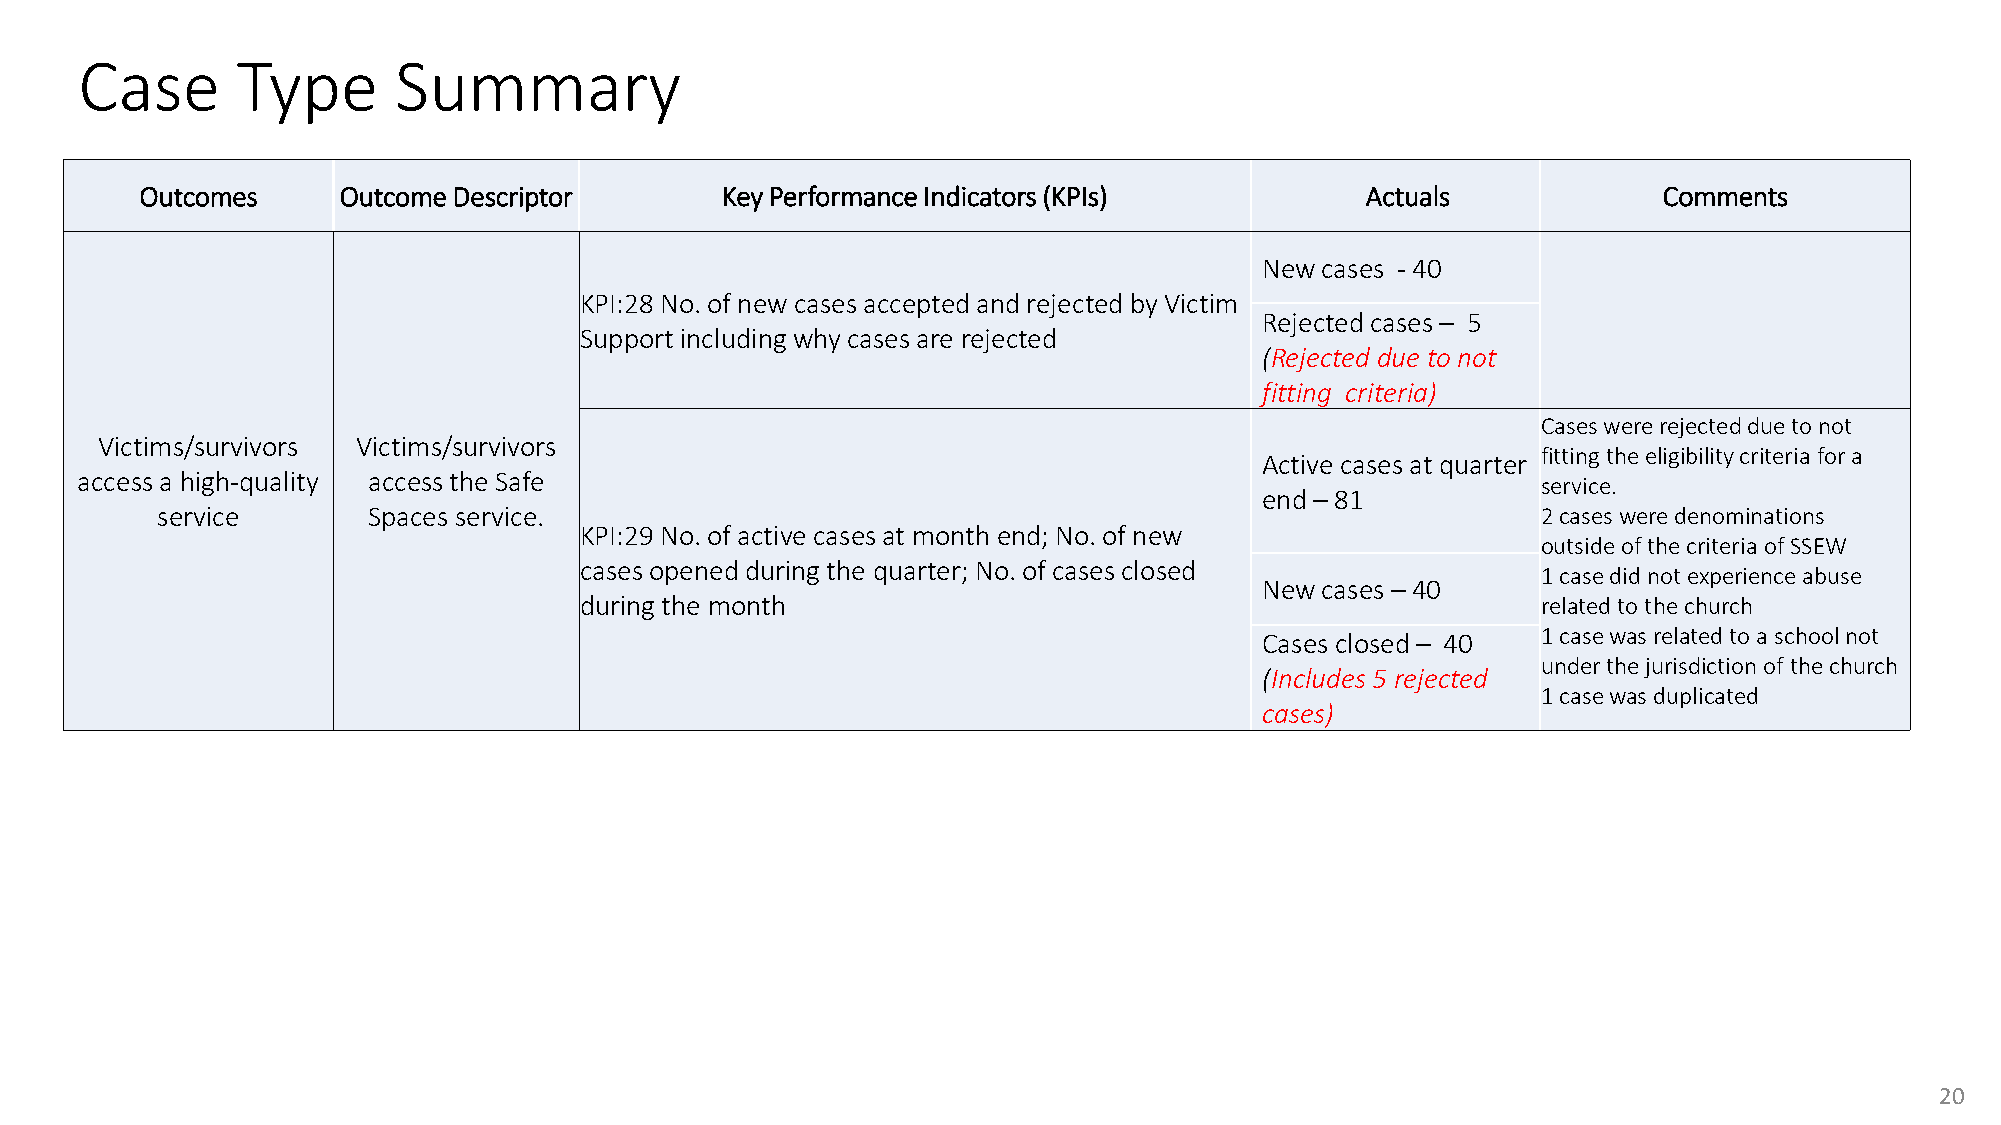
Case       Type      Summary
 Outcomes     Outcome Descriptor        Key Performance Indicators (KPIs)         Actuals             Comments
 New cases - 40
 KPI:28 No. of new cases accepted and rejected by Victim
 Rejected cases – 5
 Support including why cases are rejected
 (Rejected due to not
 fitting criteria)
 Caseswere rejected due to not
 Victims/survivors Victims/survivors
 fitting the eligibility criteria for a
 Active cases at quarter
 access a high-quality access the Safe                                                            service.
 end – 81
 service       Spaces service.                                                               2 cases were denominations
 KPI:29 No. of active cases at month end; No. of new
 outside of the criteria of SSEW
 cases opened during the quarter; No. of cases closed
 1 case did not experience abuse
 New cases – 40
 during the month                                                related to the church
 1 case was related to a school not
 Cases closed – 40
 under the jurisdiction of the church
 (Includes 5 rejected
 1 case was duplicated
 cases)
 20